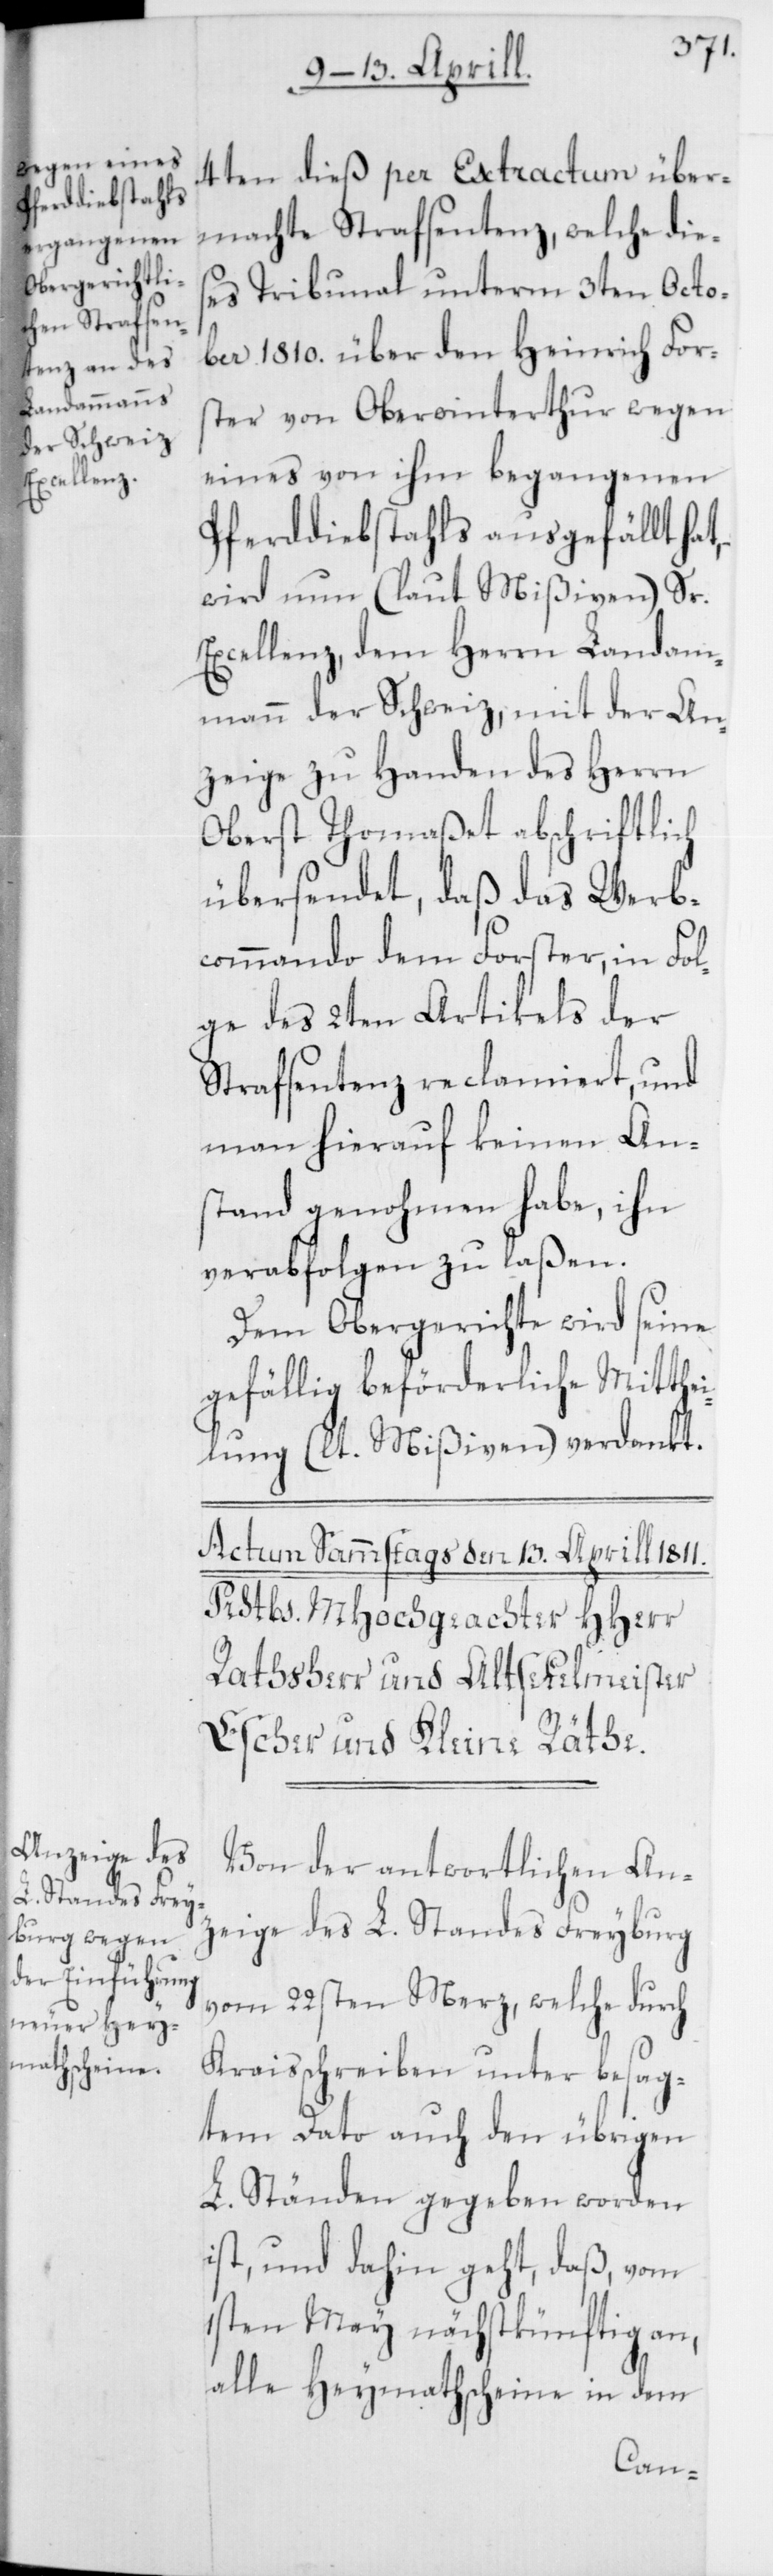
4ten dieß per Extractum über¬
machte Strafsentenz, welche die¬
ses Tribunal unterm 3ten Octo¬
ber 1810. über den Heinrich For¬
ster von Oberwinterthur wegen
eines von ihm begangenen
Pferddiebstahls ausgefällt hat,
wird nun (laut Mißiven) Sr.
Excellenz, dem Herrn Landam¬
mann der Schweiz, mit der An¬
zeige zu Handen des Herrn
Oberst Thomaßet abschriftlich
übersendet, daß das Werb¬
commando dem Forster, in Fol¬
ge des 2ten Artikels der
Strafsentenz reclamiert, und
man hierauf keinen An¬
stand genohmen habe, ihn
verabfolgen zu laßen.
Dem Obergerichte wird seine
gefällig beförderliche Mitthe¬
ilung (lt. Mißiven) verdankt.
Von der antwortlichen An¬
zeige des L. Standes Freyburg
vom 22sten Merz, welche durch
Kraisschreiben unter besag¬
tem Dato auch den übrigen
L. Ständen gegeben worden
ist, und dahin geht, daß, vom
1sten May nächstkünftig an,
alle Heymathscheine in dem